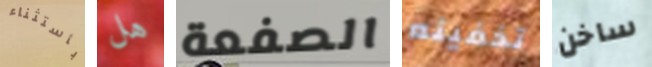
بأستثناء هل الصفعة تخفينه ساخن